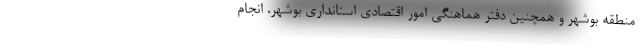
منطقه بوشهر و همچنین دفتر هماهنگی امور اقتصادی استانداری بوشهر، انجام